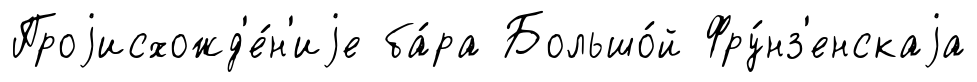
Проjисхожд'е́н'иjе ба́ра Большо́й Фру́нз'енскаjа